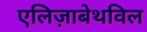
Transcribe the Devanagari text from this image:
एलिज़ाबेथविल